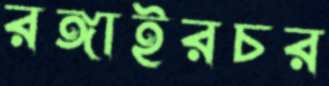
রঙ্গাইরচর